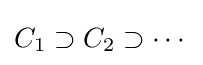
C_{1}\supset C_{2}\supset \cdots